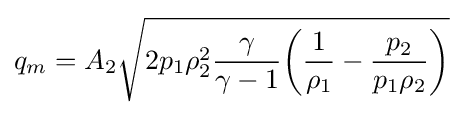
q_{m}=A_{2}{\sqrt {2p_{1}\rho _{2}^{2}{\frac {\gamma }{\gamma -1}}{\bigg (}{\frac {1}{\rho _{1}}}-{\frac {p_{2}}{p_{1}\rho _{2}}}{\bigg )}}}